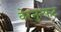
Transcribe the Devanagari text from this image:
वेरनुन्फ़ट